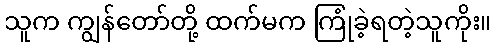
သူက ကျွန်တော်တို့ ထက်မက ကြုံခဲ့ရတဲ့သူကိုး။